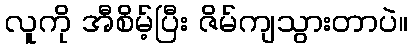
လူကို အီစိမ့်ပြီး ဇိမ်ကျသွားတာပဲ။